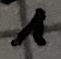
Text: 1